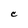
Character: C